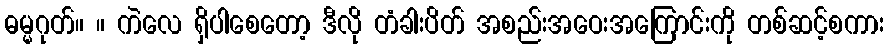
ဓမ္မဂုတ်။ ။ ကဲလေ ရှိပါစေတော့ ဒီလို တံခါးပိတ် အစည်းအဝေးအကြောင်းကို တစ်ဆင့်စကား